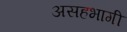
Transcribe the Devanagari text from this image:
असहभागी